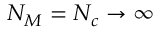
N _ { M } = N _ { c } \rightarrow \infty